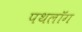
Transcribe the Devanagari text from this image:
पथलॉग